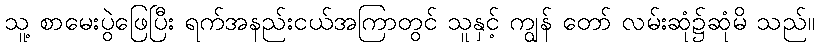
သူ့ စာမေးပွဲဖြေပြီး ရက်အနည်းငယ်အကြာတွင် သူနှင့် ကျွန် တော် လမ်းဆုံ၌ဆုံမိ သည်။